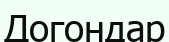
Догондар